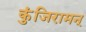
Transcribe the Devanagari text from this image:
कुंजिरामन्